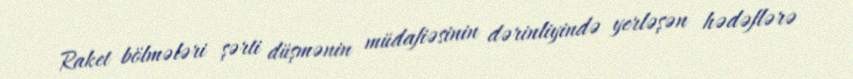
Raket bölmələri şərti düşmənin müdafiəsinin dərinliyində yerləşən hədəflərə